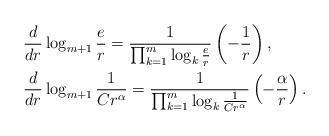
LaTeX: \begin{align*}&\frac{d}{dr} \log_{m+1} \frac{e}{r} = \frac{1}{\prod_{k=1} ^m \log_k \frac{e}{r} } \left ( -\frac{1}{r} \right ), \\&\frac{d}{dr} \log_{m+1} \frac{1}{Cr^\alpha} = \frac{1}{\prod_{k=1} ^m \log_k \frac{1}{Cr^\alpha} } \left ( -\frac{\alpha}{r} \right ).\end{align*}